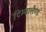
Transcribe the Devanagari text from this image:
टिम्बालैण्ड